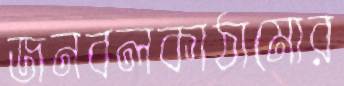
জনবলকাঠামোর